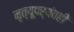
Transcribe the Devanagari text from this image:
मृत्यूपर्यंतही